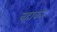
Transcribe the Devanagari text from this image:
वहाकर